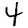
Digit: 4